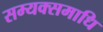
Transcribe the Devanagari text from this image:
सम्यक्समाधि